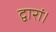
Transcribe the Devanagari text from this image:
द्वारां।